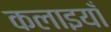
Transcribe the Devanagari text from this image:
कलाइयाँ